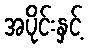
အပိုင်းနှင့်